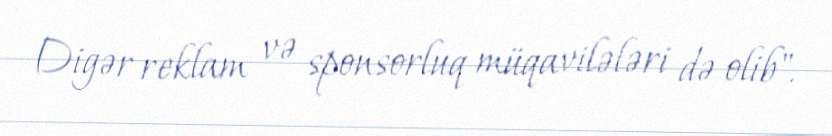
Digər reklam və sponsorluq müqavilələri də olib".